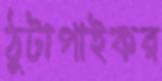
ঠুটাপাইকর